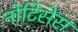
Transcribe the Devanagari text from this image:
नोटिसेस